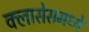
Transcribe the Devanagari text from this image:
क्लासेसमध्ये